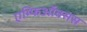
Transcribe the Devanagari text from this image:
एम्फिऑक्सस